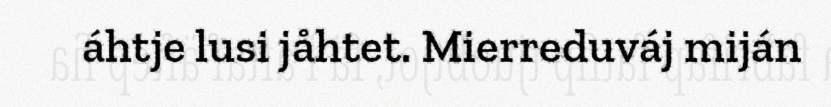
áhtje lusi jåhtet. Mierreduváj miján